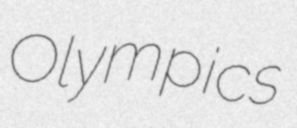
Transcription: Olympics